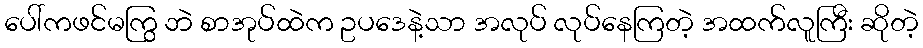
ပေါ်ကဖင်မကြွ ဘဲ စာအုပ်ထဲက ဥပဒေနဲ့သာ အလုပ် လုပ်နေကြတဲ့ အထက်လူကြီး ဆိုတဲ့